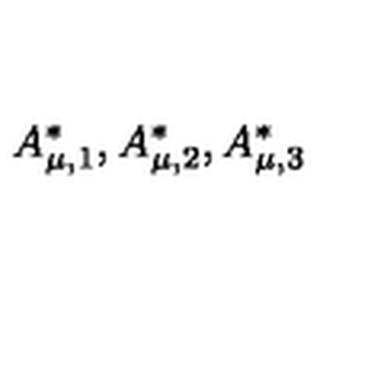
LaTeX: A _ { \mu , 1 } ^ { * } , A _ { \mu , 2 } ^ { * } , A _ { \mu , 3 } ^ { * }